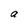
Character: a